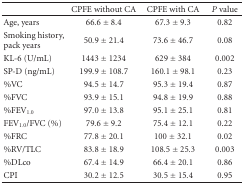
|  | CPFE without CA | CPFE with CA | P value |
 | --- | --- | --- | --- |
 | Age, years | 66.6 ± 8.4 | 67.3 ± 9.3 | 0.82 |
 | Smoking history, pack years | 50.9 ± 21.4 | 73.6 ± 46.7 | 0.08 |
 | KL-6 (U/mL) | 1443 ± 1234 | 629 ± 384 | 0.002 |
 | SP-D (ng/mL) | 199.9 ± 108.7 | 160.1 ± 98.1 | 0.23 |
 | %VC | 94.5 ± 14.7 | 95.3 ± 19.4 | 0.87 |
 | %FVC | 93.9 ± 15.1 | 94.8 ± 19.9 | 0.88 |
 | %FEV1.0 | 97.0 ± 13.8 | 95.1 ± 25.1 | 0.81 |
 | FEV1.0/FVC (%) | 79.6 ± 9.2 | 75.4 ± 12.1 | 0.22 |
 | %FRC | 77.8 ± 20.1 | 100 ± 32.1 | 0.02 |
 | %RV/TLC | 83.8 ± 18.9 | 108.5 ± 25.3 | 0.003 |
 | %DLco | 67.4 ± 14.9 | 66.4 ± 20.1 | 0.86 |
 | CPI | 30.2 ± 12.5 | 30.5 ± 15.4 | 0.95 |